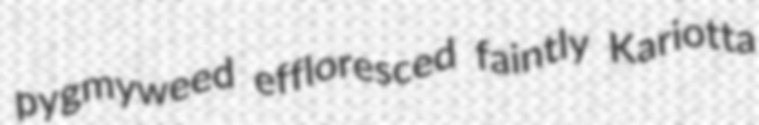
pygmyweed effloresced faintly Kariotta